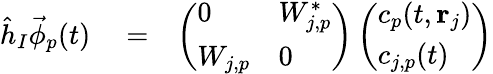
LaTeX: \begin{array}{rlr}{\hat{h}_{I}\vec{\phi}_{p}(t)}&{{}=}&{\left(\begin{array}{ll}{0}&{W_{j,p}^{*}}\\ {W_{j,p}}&{0}\end{array}\right)\left(\begin{array}{l}{c_{p}(t,{\mathbf r}_{j})}\\ {c_{j,p}(t)}\end{array}\right)}\end{array}